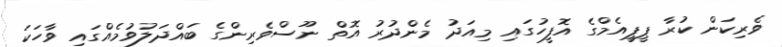
ވެރިކަން ކުރާ ޕީޕީއެމްގެ އޮފީހުގައި މިއަދު މެންދުރު އޮތް ނޫސްވެރިންގެ ބައްދަލުވުމެއްގައި ވާހަކަ